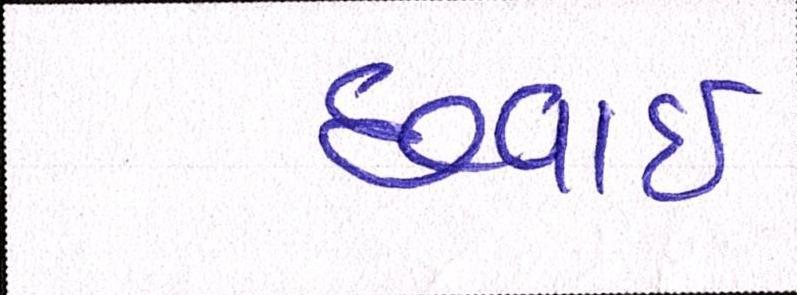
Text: છપાઈ